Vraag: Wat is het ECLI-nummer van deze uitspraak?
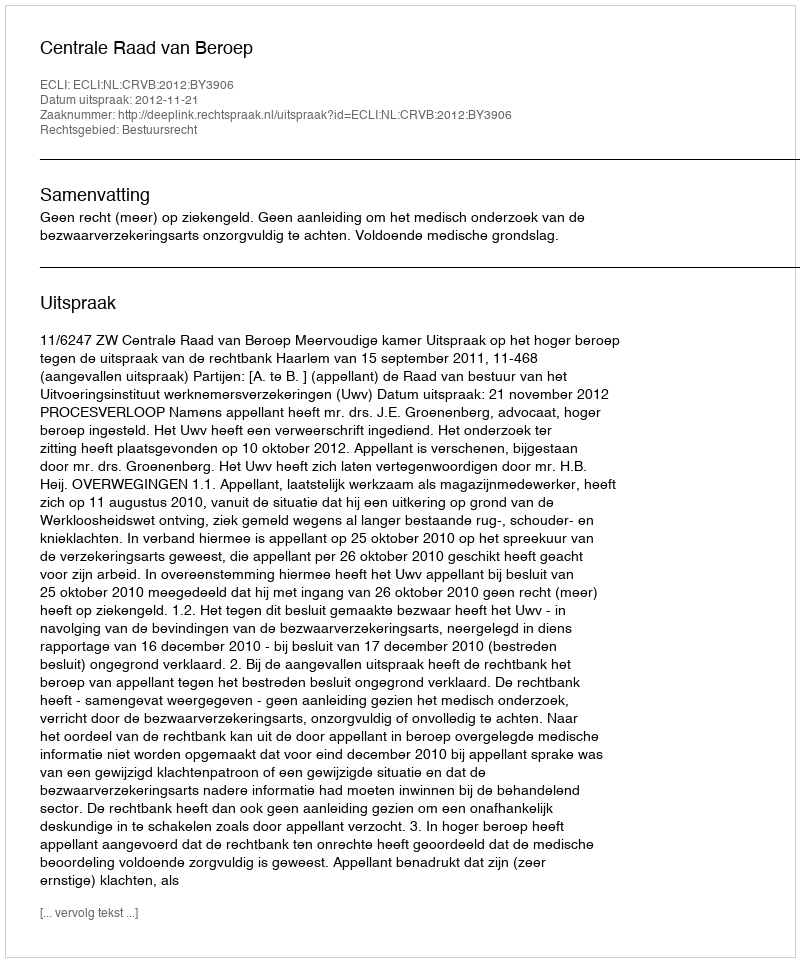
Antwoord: ECLI:NL:CRVB:2012:BY3906